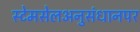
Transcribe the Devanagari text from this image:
स्टेमसेलअनुसंधानपर